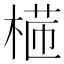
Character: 𣕸